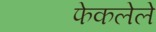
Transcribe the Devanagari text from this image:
फेकलेले